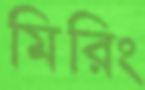
মিরিং